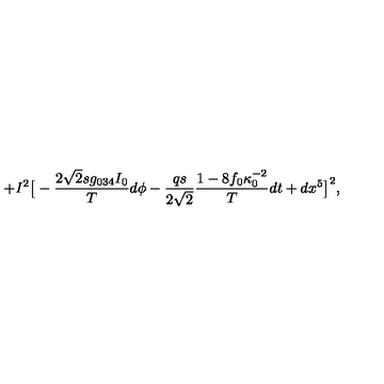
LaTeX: + I ^ { 2 } \big [ - { \frac { 2 \sqrt 2 s g _ { 0 3 4 } I _ { 0 } } { T } } d \phi - { \frac { q s } { 2 \sqrt 2 } } { \frac { 1 - 8 f _ { 0 } \kappa _ { 0 } ^ { - 2 } } { T } } d t + d x ^ { 5 } \big ] ^ { 2 } ,